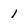
Character: 1